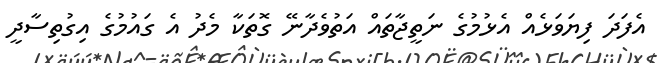
އެފަދަ ފިޔަވަޅެއް އެޅުމުގެ ނަތީޖާތައް އަތުވެދާނޭ ގޮތަކާ މެދު އެ ގައުމުގެ އިގުތިސާދީ